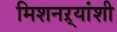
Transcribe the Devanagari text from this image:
मिशनऱ्यांशी